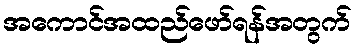
အကောင်အထည်ဖော်ရန်အတွက်